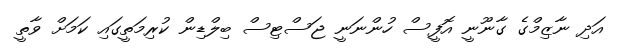
އަދި ނާޒިމްގެ ގާނޫނީ އޮފީސް ހުންނަނީ ޖަސްޓިސް ބިލްޑިން ކުރިމަތީގައި ކަމަށް ވާތީ